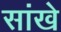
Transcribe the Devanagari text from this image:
सांखे